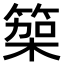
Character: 𮅭